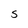
Character: S